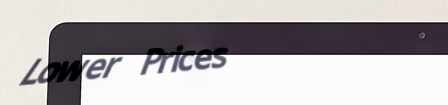
Lower Prices